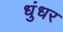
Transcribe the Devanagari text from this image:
धुंधर